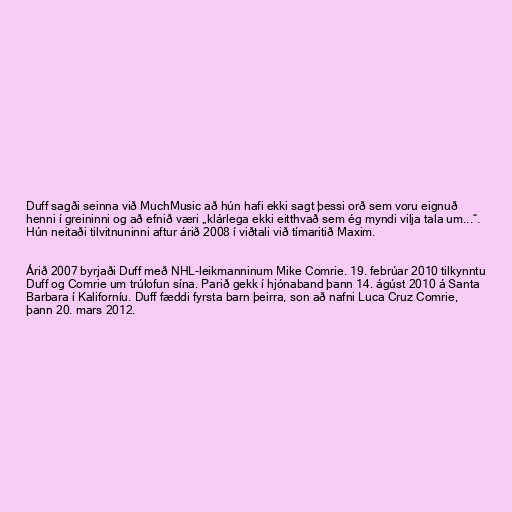
Duff sagði seinna við MuchMusic að hún hafi ekki sagt þessi orð sem voru eignuð
henni í greininni og að efnið væri „klárlega ekki eitthvað sem ég myndi vilja tala um...“.
Hún neitaði tilvitnuninni aftur árið 2008 í viðtali við tímaritið Maxim.

Árið 2007 byrjaði Duff með NHL-leikmanninum Mike Comrie. 19. febrúar 2010 tilkynntu
Duff og Comrie um trúlofun sína. Parið gekk í hjónaband þann 14. ágúst 2010 á Santa
Barbara í Kaliforníu. Duff fæddi fyrsta barn þeirra, son að nafni Luca Cruz Comrie,
þann 20. mars 2012.